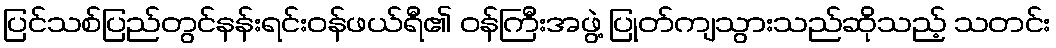
ပြင်သစ်ပြည်တွင်နန်းရင်းဝန်ဖယ်ရီ၏ ဝန်ကြီးအဖွဲ့ ပြုတ်ကျသွားသည်ဆိုသည့် သတင်း